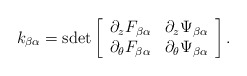
\begin{align*}k_{\beta\alpha} = {\rm sdet}\left[\begin{array}{cc}\partial_z F_{\beta\alpha} & \partial_z \Psi_{\beta\alpha} \\\partial_\theta F_{\beta\alpha} & \partial_\theta \Psi_{\beta\alpha} \end{array}\right].\end{align*}